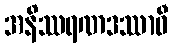
အနိဿရဏဒဿာဝီ